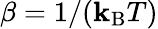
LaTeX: \beta=1/(\mathbf{k}_{\mathrm{{B}}}T)